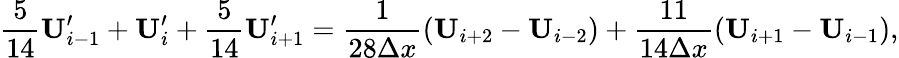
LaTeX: \frac{5}{14}\mathbf{U}_{i-1}^{\prime}+\mathbf{U}_{i}^{\prime}+\frac{5}{14}\mathbf{U}_{i+1}^{\prime}=\frac{1}{28\Delta x}\left(\mathbf{U}_{i+2}-\mathbf{U}_{i-2}\right)+\frac{11}{14\Delta x}\left(\mathbf{U}_{i+1}-\mathbf{U}_{i-1}\right),